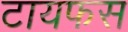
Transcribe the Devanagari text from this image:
टायफस